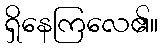
ရှိနေကြလေ၏။